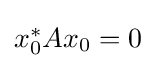
{\textstyle x_{0}^{*}Ax_{0}=0}